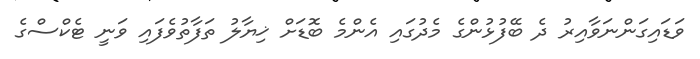
ވަޑައިގަންނަވާއިރު ދެ ބޭފުޅުންގެ މެދުގައި އެންމެ ބޮޑަށް ޚިޔާލު ތަފާތުވެފައި ވަނީ ޓެކްސްގެ